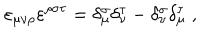
LaTeX: \varepsilon _ { \mu \nu \rho } \varepsilon ^ { \rho \sigma \tau } = \delta _ { \mu } ^ { \sigma } \delta _ { \nu } ^ { \tau } - \delta _ { \nu } ^ { \sigma } \delta _ { \mu } ^ { \tau } \; ,